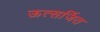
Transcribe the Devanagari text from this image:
ऊत्सर्जित